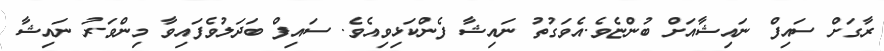
ރާގަށް ސައިފް ނައިޝާއަށް ބުންޏެވެ.އެވަގުތު ނައިޝާ ފެންކަޅިވިއެވެ. ސައިފް ބަދަލުވެފައިވާ މިންވަރު ނައިޝާ